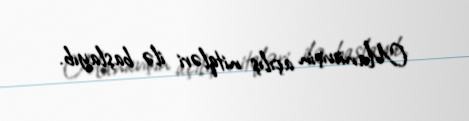
Manieviçin açılış nitqləri ilə başlayıb.